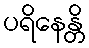
ပရိနေန္တိ